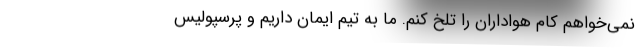
نمی‌خواهم کام هواداران را تلخ کنم. ما به تیم ایمان داریم و پرسپولیس